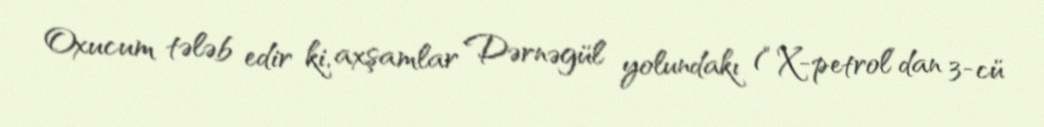
Oxucum tələb edir ki, axşamlar Dərnəgül yolundakı (“X-petrol”dan 3-cü